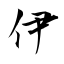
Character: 伊